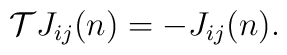
{\cal T}J_{ij}(n)=-J_{ij}(n).